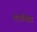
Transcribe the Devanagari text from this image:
तंत्रनिष्ठा